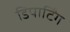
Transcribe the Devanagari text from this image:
डिपार्टिंग